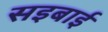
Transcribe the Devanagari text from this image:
सइबाई